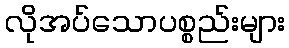
လိုအပ်သောပစ္စည်းများ